Report on sanitation, dispensaries, and jails in Rajputana for 1917, and on vaccination for the year 1917-1918 - 1917-1918
Year: 1917
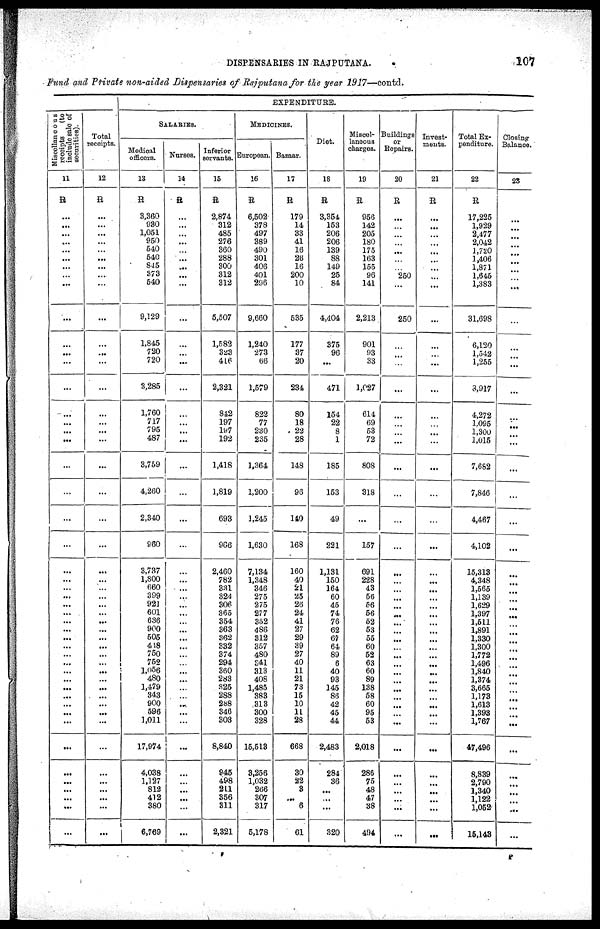
DISPENSARIES IN RAJPUTANA.
107
Fund and Private non-aided Dispensaries of Rajputana for the year 1917—contd.
Miscellaneous
receipts
(to
include sale of
securities).
11
R
...
...
...
...
...
...
...
...
...
...
...
...
...
...
...
...
...
...
...
...
...
...
...
...
...
...
...
...
...
...
...
...
...
...
...
...
...
...
...
...
...
...
...
...
...
...
...
...
Total
receipts.
12
R
...
...
...
...
...
...
...
...
...
...
...
...
...
...
...
...
...
...
...
...
...
...
...
...
...
...
...
...
...
...
...
...
...
...
...
...
...
...
...
...
...
...
...
...
...
...
...
...
EXPENDITURE.
SALARIES.
Medical
officers.
13
R
3,360
930
1,051
950
540
540
845
373
540
9,129
1,845
720
720
3,285
1,760
717
795
487
3,759
4,260
2,310
960
3,737
1,800
660
399
921
601
636
900
505
418
750
752
1,056
480
1,479
343
900
596
1,011
17,974
4,038
1,127
812
412
380
6,769
Nurses.
14
R
...
...
...
...
...
...
...
...
...
...
...
...
...
...
...
...
...
...
...
...
...
...
...
...
...
...
...
...
...
...
...
...
...
...
...
...
...
...
...
...
...
...
...
...
...
...
...
...
Inferior
servants.
15
R
2,874
312
485
276
360
288
300
312
312
5,507
1,582
323
416
2,321
842
197
197
192
1,418
1,819
693
906
2,460
782
331
324
306
365
354
363
362
332
374
294
360
283
325
288
288
346
303
8,840
945
498
211
856
311
2,321
MEDICINES.
European.
16
R
6,502
378
497
389
490
301
406
401
206
9,660
1,240
273
66
1,579
822
77
230
235
1,364
1,200
1,245
1,630
7,134
1,348
346
275
275
277
352
486
312
357
480
341
313
408
1,485
383
313
300
328
15,513
3,256
1,032
266
307
317
5,178
Bazaar.
17
R
179
14
33
41
16
26
16
200
10
535
177
37
20
234
80
18
22
28
148
96
140
168
160
40
21
25
26
24
41
27
29
39
27
40
11
21
73
15
10
11
28
668
30
22
3
...
6
61
Diet.
18
R
3,354
153
206
206
139
88
149
25
84
4,404
375
96
...
471
154
22
8
1
185
153
49
221
1,131
150
164
60
45
74
76
62
67
64
89
6
40
93
145
86
42
45
44
2,483
284
36
...
...
...
320
Miscel-
laneous
charges.
19
R
956
142
205
180
175
163
155
96
141
2,213
901
93
33
1,027
614
69
53
72
808
318
...
157
691
228
43
56
56
56
52
53
55
60
52
63
60
89
138
68
60
95
53
2,018
286
75
48
47
38
494
Buildings
or
Repairs.
20
R
...
...
...
...
...
...
...
250
...
250
...
...
...
...
...
...
...
...
...
...
...
...
...
...
...
...
...
...
...
...
...
...
...
...
...
...
...
...
...
...
...
...
...
...
...
...
...
...
Invest¬
ments.
21
R
...
...
...
...
...
...
...
...
...
...
...
...
...
...
...
...
...
...
...
...
...
...
...
...
...
...
...
...
...
...
...
...
...
...
...
...
...
...
...
...
...
...
...
...
...
...
...
...
Total Ex-
penditure.
22
R
17,225
1,929
2,477
2,042
1,720
1,406
1,871
1,645
1,383
31,698
6,120
1,542
1,255
8,917
4,272
1,095
1,300
1,015
7,682
7,846
4,467
4,102
15,313
4,348
1,565
1,139
1,629
1,397
1,511
1,891
1,330
1,300
1,772
1,496
1,840
1,374
3,665
1,173
1,613
1,393
1,767
47,496
8,839
2,790
1,340
1,122
1,052
15,143
Closing
Balance.
23
...
...
...
...
...
...
...
...
...
...
...
...
...
...
...
...
...
...
...
...
...
...
...
...
...
...
...
...
...
...
...
...
...
...
...
...
...
...
...
...
...
...
...
...
...
...
...
...
P